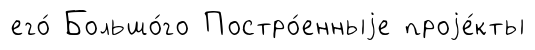
его́ Большо́го Постро́енныjе проjе́кты